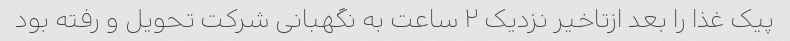
پیک غذا را بعد ازتاخیر نزدیک ۲ ساعت به نگهبانی شرکت تحویل و رفته بود